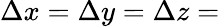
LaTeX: \Delta x=\Delta y=\Delta z=